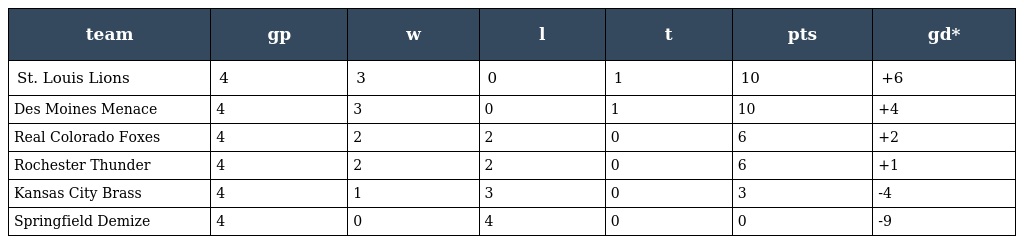
| team | gp | w | l | t | pts | gd* |
 | --- | --- | --- | --- | --- | --- | --- |
 | St. Louis Lions | 4 | 3 | 0 | 1 | 10 | +6 |
 | Des Moines Menace | 4 | 3 | 0 | 1 | 10 | +4 |
 | Real Colorado Foxes | 4 | 2 | 2 | 0 | 6 | +2 |
 | Rochester Thunder | 4 | 2 | 2 | 0 | 6 | +1 |
 | Kansas City Brass | 4 | 1 | 3 | 0 | 3 | -4 |
 | Springfield Demize | 4 | 0 | 4 | 0 | 0 | -9 |